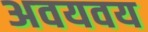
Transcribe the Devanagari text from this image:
अवयवय